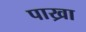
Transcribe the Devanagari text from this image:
पाख्रा